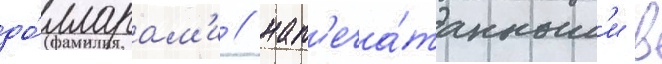
до́лларам'и / нап'еча́танным'и в